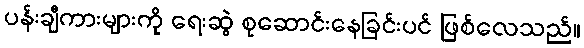
ပန်းချီကားများကို ရေးဆွဲ စုဆောင်းနေခြင်းပင် ဖြစ်လေသည်။